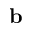
\mathbf { b }